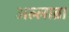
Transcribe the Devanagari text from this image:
अल्लाब्रा